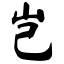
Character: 岂